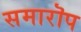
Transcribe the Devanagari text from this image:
समारॊप